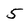
Character: 5